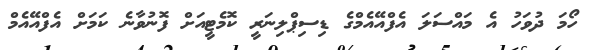
ހޯމަ ދުވަހު އެ މައްސަލަ އެފްއޭއެމްގެ ޑިސިޕްލިނަރީ ކޮމެޓީއަށް ފޮނުވާނެ ކަމަށް އެފްއޭއެމް